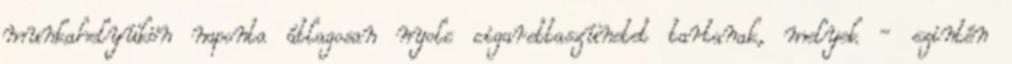
munkahelyükön naponta átlagosan nyolc cigarettaszünetet tartanak, melyek - szintén